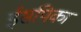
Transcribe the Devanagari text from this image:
ईसपिका